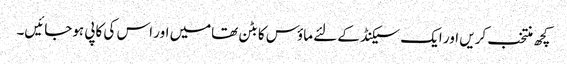
کچھ منتخب کریں اور ایک سیکنڈ کے لئے ماؤس کا بٹن تھامیں اور اس کی کاپی ہوجائیں۔